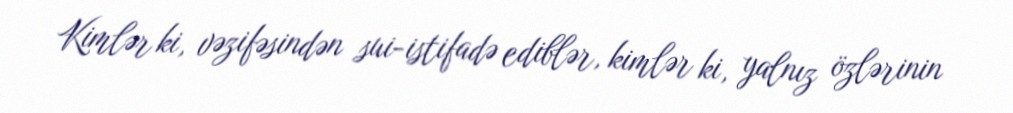
Kimlər ki, vəzifəsindən sui-istifadə ediblər, kimlər ki, yalnız özlərinin